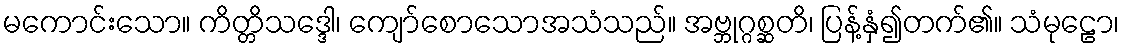
မကောင်းသော။ ကိတ္တိသဒ္ဒေါ၊ ကျော်စောသောအသံသည်။ အဗ္ဘုဂ္ဂစ္ဆတိ၊ ပြန့်နှံ၍တက်၏။ သံမုဠော၊